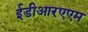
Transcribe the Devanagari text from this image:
ईडीआरएएम